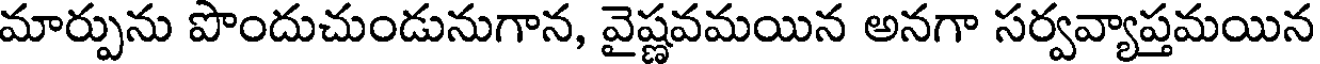
మార్పును పొందుచుండునుగాన, వైష్ణవమయిన అనగా సర్వవ్యాప్తమయిన